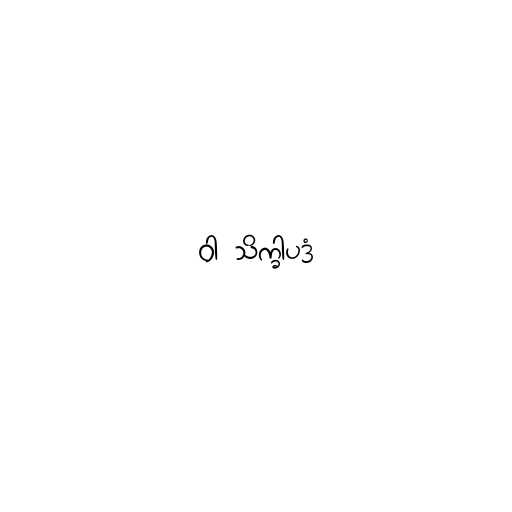
ဝါ သိက္ခါပဒံ